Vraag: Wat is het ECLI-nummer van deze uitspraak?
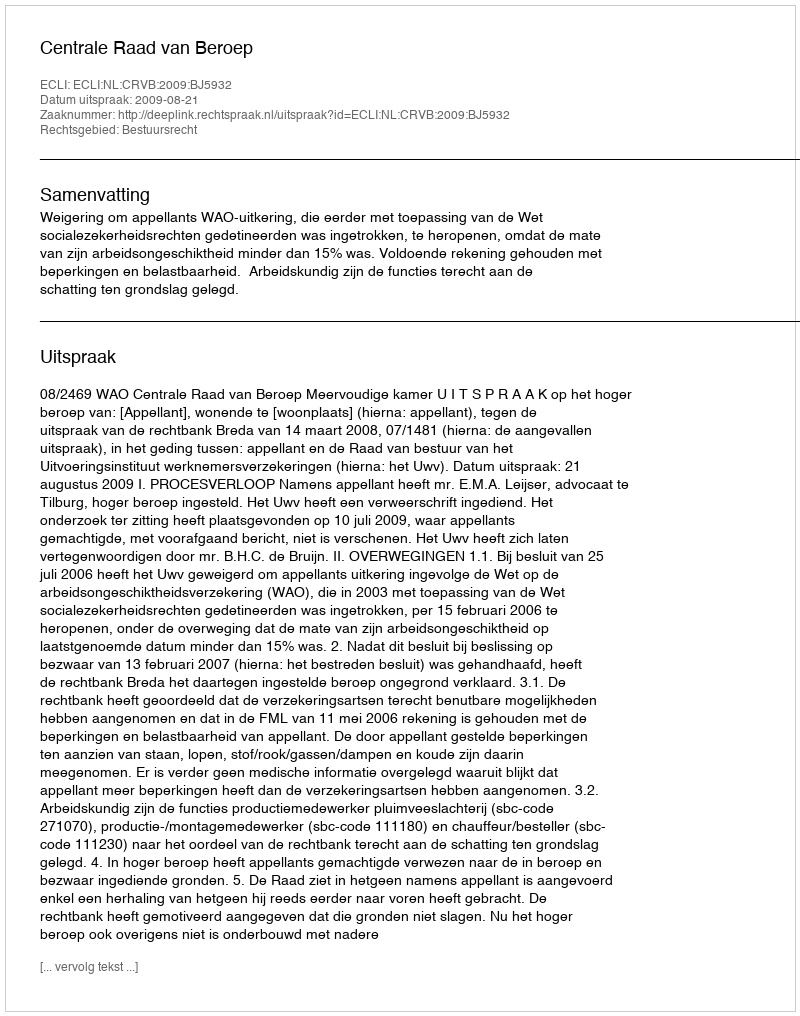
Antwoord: ECLI:NL:CRVB:2009:BJ5932